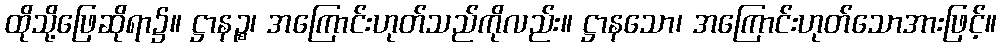
ထိုသို့ဖြေဆိုရာ၌။ ဋ္ဌာနဉ္စ၊ အကြောင်းဟုတ်သည်ကိုလည်း။ ဋ္ဌာနသော၊ အကြောင်းဟုတ်သောအားဖြင့်။